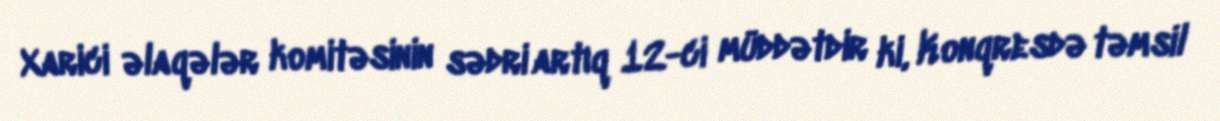
Xarici əlaqələr komitəsinin sədri artıq 12-ci müddətdir ki, Konqresdə təmsil